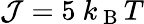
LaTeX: \mathcal{J}=5\mathrm{{~}}k_{\mathrm{{~B~}}}T